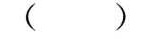
( )